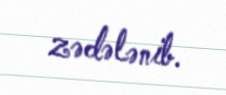
zədələnib.